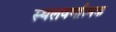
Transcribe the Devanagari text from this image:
स्थलवर्णात्मक